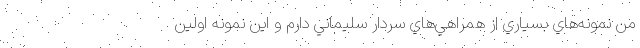
من نمونه‌هاي بسياري از همراهي‌هاي سردار سليماني دارم و اين نمونه اولين